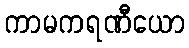
ကာမကရဏီယော